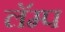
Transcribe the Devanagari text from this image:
लॅम्प